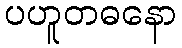
ပဟူတဓနော